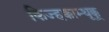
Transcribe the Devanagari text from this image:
किज्हक्काम्थूक्कू